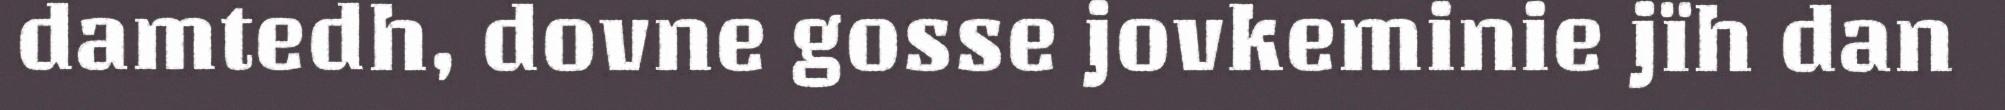
damtedh, dovne gosse jovkeminie jïh dan